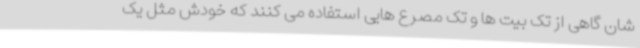
شان گاهی از تک بیت ها و تک مصرع هایی استفاده می کنند که خودش مثل یک